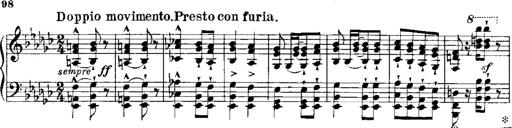
Title: RÃ©miniscences de Norma de Bellini
Composer: Franz Liszt